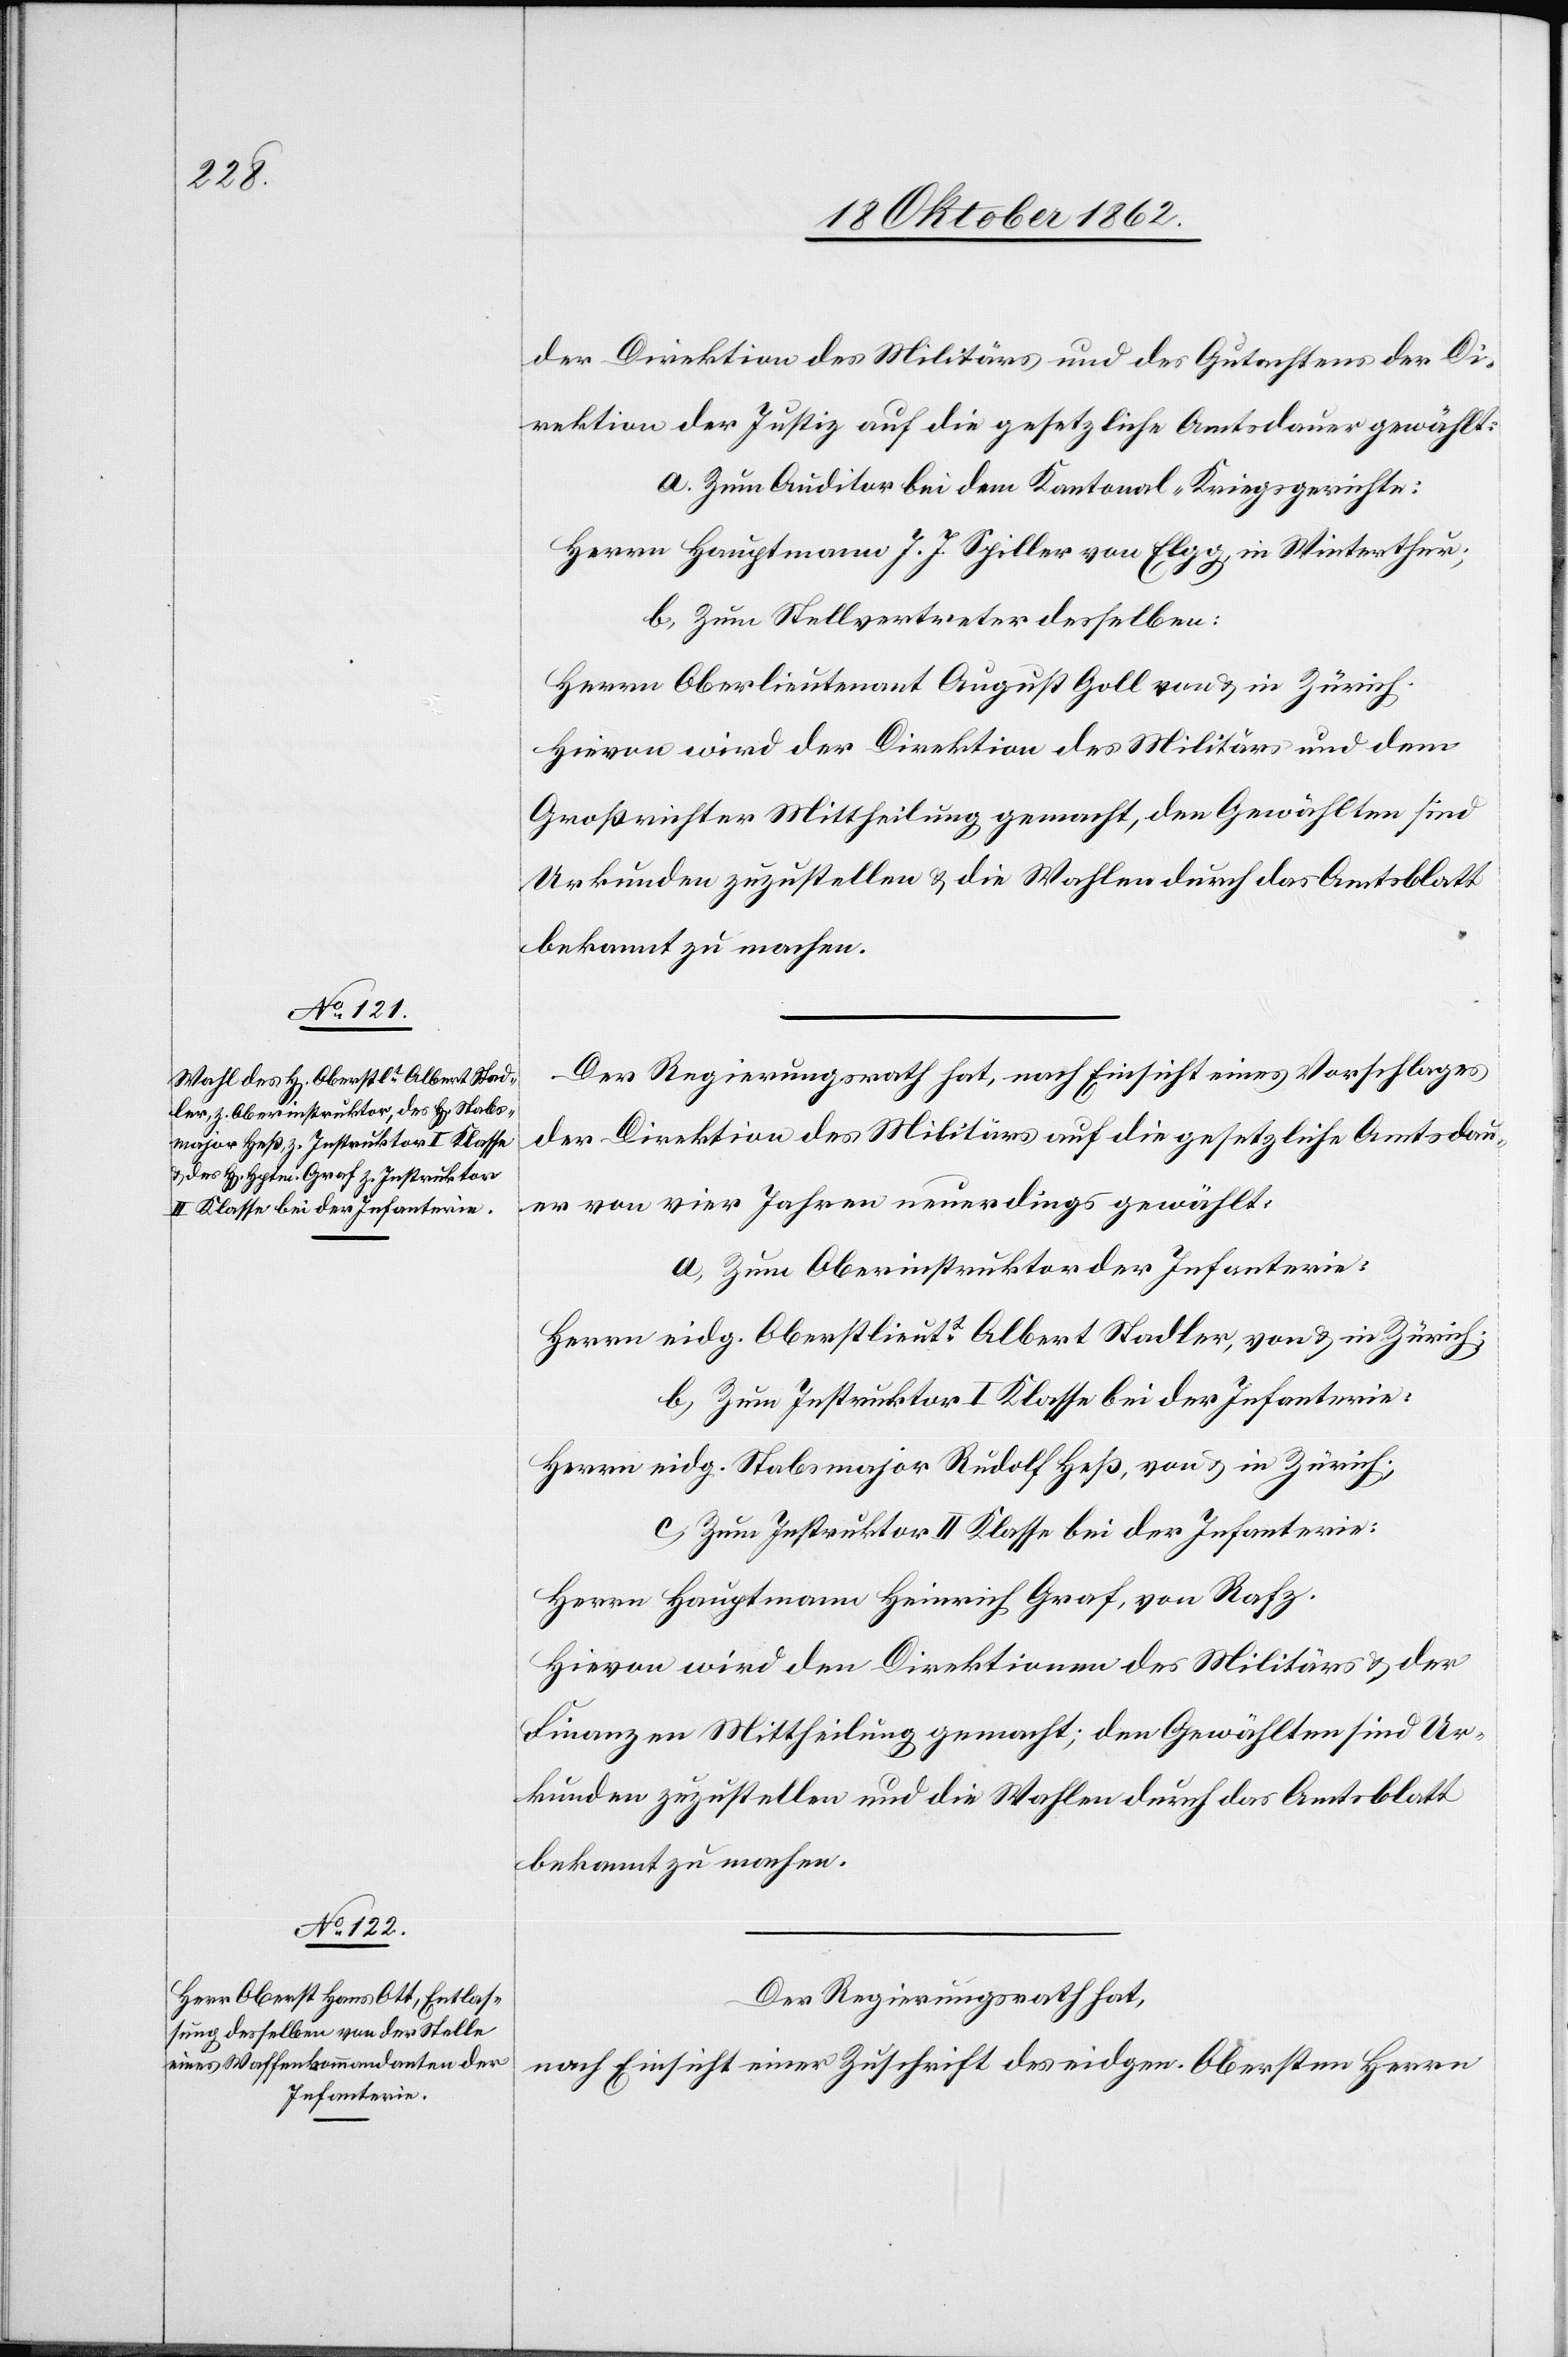
der Direktion des Militärs und des Gutachtens der Di¬
rektion der Justiz auf die gesetzliche Amtsdauer gewählt:
a. Zum Auditor bei dem Kantonal-Kriegsgerichte:
Herrn Hauptmann J. J. Spiller von Elgg, in Winterthur;
b. Zum Stellvertreter desselben:
Herrn Oberlieutenant August Goll von u. in Zürich.
Hievon wird der Direktion des Militärs und dem
Großrichter Mittheilung gemacht, den Gewählten sind
Urkunden zuzustellen u. die Wahlen durch das Amtsblatt
bekannt zu machen.
Der Regierungsrath hat, nach Einsicht eines Vorschlages
der Direktion des Militärs auf die gesetzliche Amtsdau¬
er von vier Jahren neuerdings gewählt:
a. Zum Oberinstruktor der Infanterie:
Herrn eidg. Oberstlieutt Albert Stadler, von u. in Zürich;
b. Zum Instruktor I Klasse bei der Infanterie:
Herrn eidg. Stabsmajor Rudolf Heß, von u. in Zürich.
c. Zum Instruktor II Klasse bei der Infanterie:
Herrn Hauptmann Heinrich Graf, von Rafz.
Hievon wird den Direktionen des Militärs u. der
Finanzen Mittheilung gemacht; den Gewählten sind Ur¬
kunden zuzustellen und die Wahlen durch das Amtsblatt
bekannt zu machen.
Der Regierungsrath hat,
nach Einsicht einer Zuschrift des eidgen. Obersten Herrn